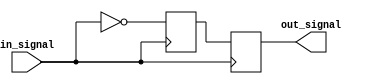
module nor_gate_delay (
    input wire in_signal,
    output reg out_signal
);
    
    reg internal_signal;

    always @(posedge in_signal) begin
        internal_signal <= ~in_signal;
        out_signal <= internal_signal;
    end

endmodule